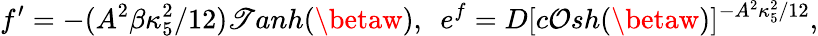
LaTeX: f^{\prime}=-(A^{2}\beta\kappa_{5}^{2}/12)\mathscr{T}anh(\betaw),~~e^{f}=D[c\mathcal{O}sh(\betaw)]^{-A^{2}\kappa_{5}^{2}/12},